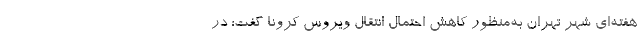
هفته‌ای شهر تهران به‌منظور کاهش احتمال انتقال ویروس کرونا گفت: در